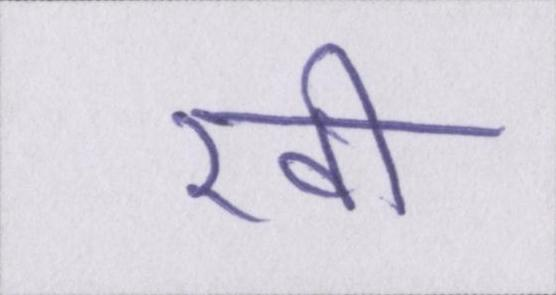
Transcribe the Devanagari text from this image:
रखी